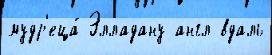
мудр'еца́ Элладану англ вдаль